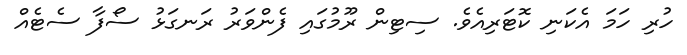
ހުރި ހަމަ އެކަނި ކޮޓަރިއެވެ. ސިޓިން ރޫމުގައި ފެންވަރު ރަނގަޅު ސޯފާ ސެޓެއް